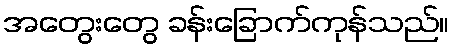
အတွေးတွေ ခန်းခြောက်ကုန်သည်။